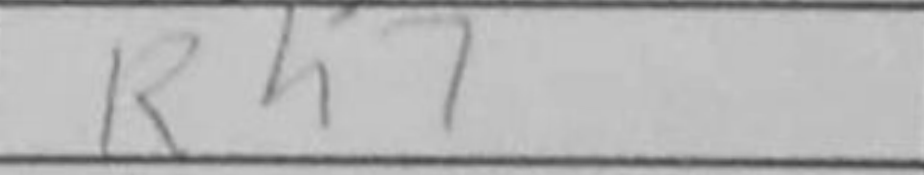
Transcription: Rh7